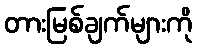
တားမြစ်ချက်များကို